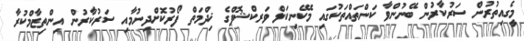
މީގެއިތުރުން ސަރުކާރުން ބޭނުންވާ ކަންތައްތަކުގައި މެކޭނިކަލް ވަރކްޝޮޕްގެ ޚިދްމަތް ފޯރުކޮށްދިނުމާއި ސަރުކާރުން އިންތިޒާމްކުރާ